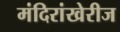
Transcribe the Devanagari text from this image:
मंदिरांखेरीज